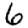
Digit: 6